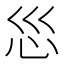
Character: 𫹱